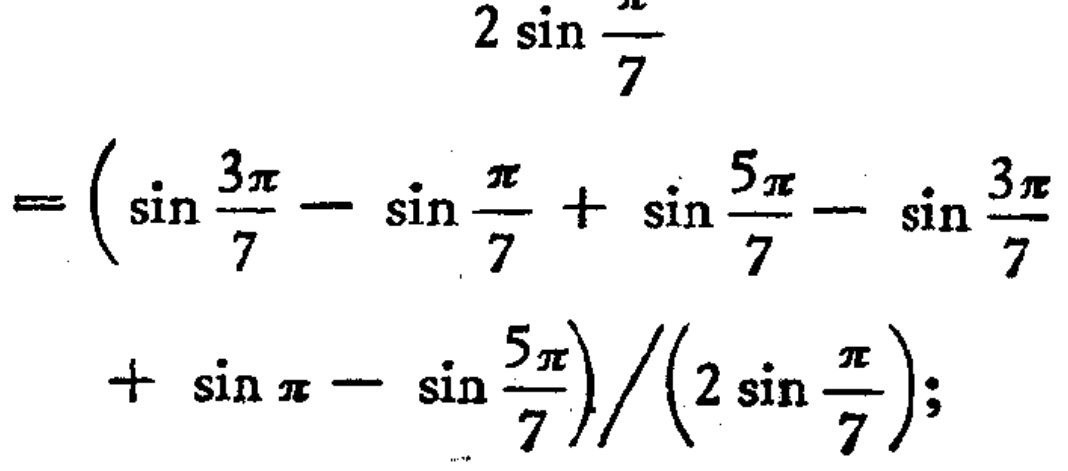
\[

\begin{align*}

&2\sin\frac{\pi}{7}\\

=&\left(\sin\frac{3\pi}{7}-\sin\frac{\pi}{7}+\sin\frac{5\pi}{7}-\sin\frac{3\pi}{7}+\sin\pi - \sin\frac{5\pi}{7}\right)/\left(2\sin\frac{\pi}{7}\right);

\end{align*}

\]